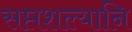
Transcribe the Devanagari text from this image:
सप्तशल्यानि